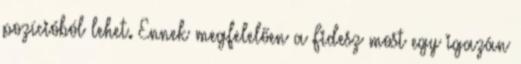
pozícióból lehet. Ennek megfelelően a Fidesz most egy igazán